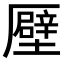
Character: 𠫀